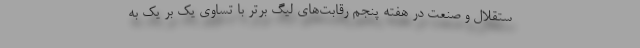
ستقلال و صنعت در هفته پنجم رقابت‌های لیگ برتر با تساوی یک بر یک به